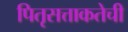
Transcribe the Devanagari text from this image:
पितृसत्ताकतेची